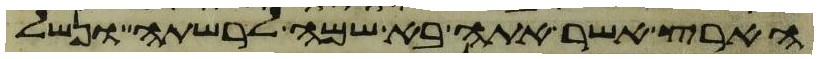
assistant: הארץ אשר אתה בא שמה לרשתה ונשל